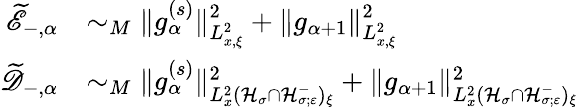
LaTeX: \begin{array}{rl}{\widetilde{\mathscr E}_{-,\alpha}}&{\sim_{M}\| g_{\alpha}^{(s)}\| _{L_{x,\xi}^{2}}^{2}+\| g_{\alpha+1}\| _{L_{x,\xi}^{2}}^{2}}\\ {\widetilde{\mathscr D}_{-,\alpha}}&{\sim_{M}\| g_{\alpha}^{(s)}\| _{L_{x}^{2}(\mathcal H_{\sigma}\cap\mathcal H_{\sigma;\varepsilon}^{-})_{\xi}}^{2}+\| g_{\alpha+1}\| _{L_{x}^{2}(\mathcal H_{\sigma}\cap\mathcal H_{\sigma;\varepsilon}^{-})_{\xi}}^{2}}\end{array}